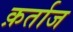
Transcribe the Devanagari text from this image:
क़र्ताज